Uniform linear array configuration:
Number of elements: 32
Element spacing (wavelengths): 0.5
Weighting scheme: blackman
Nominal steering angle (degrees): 15
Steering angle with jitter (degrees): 16.355
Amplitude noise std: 0.05
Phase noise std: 0.05

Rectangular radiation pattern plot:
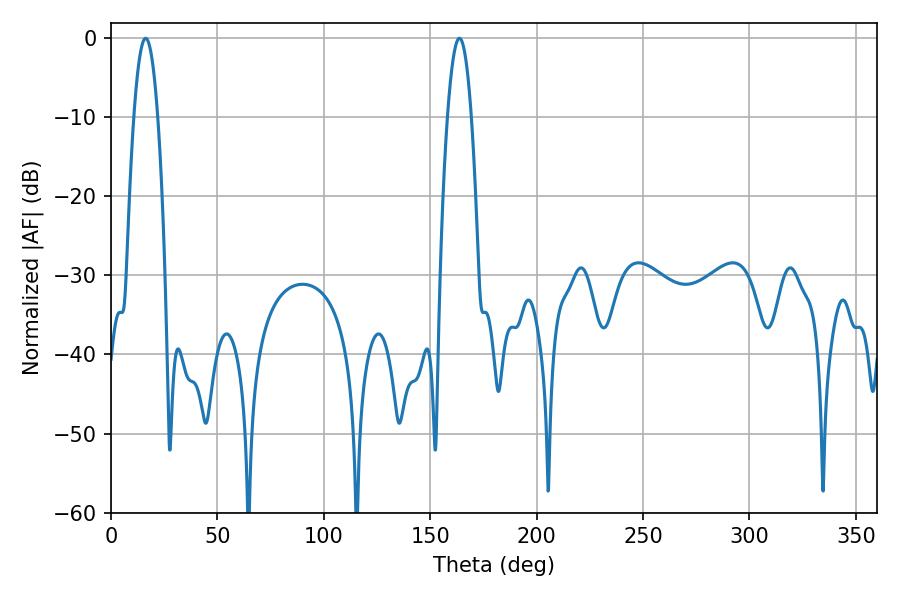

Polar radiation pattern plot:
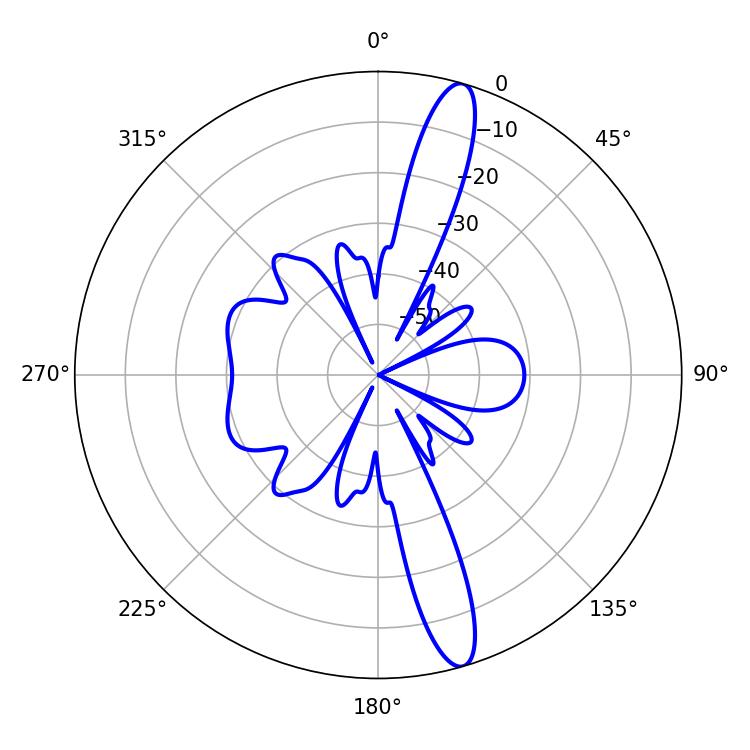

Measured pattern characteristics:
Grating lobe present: FALSE
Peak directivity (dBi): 14.944
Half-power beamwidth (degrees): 6.3
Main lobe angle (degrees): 16.2